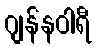
ဂျန်နဝါရီ